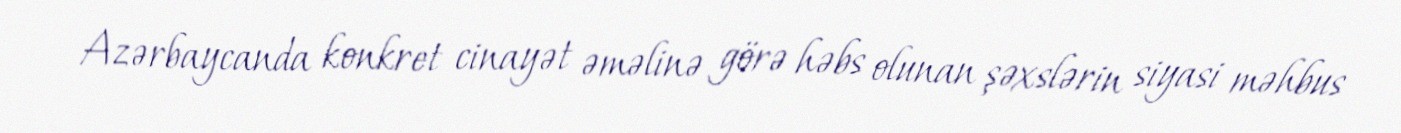
Azərbaycanda konkret cinayət əməlinə görə həbs olunan şəxslərin siyasi məhbus